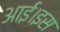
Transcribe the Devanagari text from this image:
आई।इस